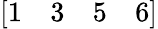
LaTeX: [\begin{array}{llll}{1}&{3}&{5}&{6}\end{array}]